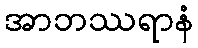
အာဘဿရာနံ